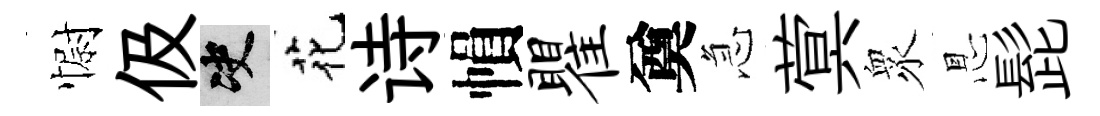
𢠢伋决花诗𢄙瞿奠急蓂衆㤙髭